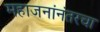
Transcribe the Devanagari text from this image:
महाजनांनंतरचा